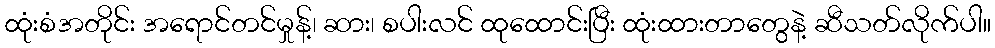
ထုံးစံအတိုင်း အရောင်တင်မှုန့်၊ ဆား၊ စပါးလင် ထုထောင်းပြီး ထုံးထားတာတွေနဲ့ ဆီသတ်လိုက်ပါ။